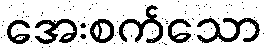
အေးစက်သော